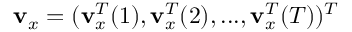
\mathbf v _ { x } = ( \mathbf v _ { x } ^ { T } ( 1 ) , \mathbf v _ { x } ^ { T } ( 2 ) , . . . , \mathbf v _ { x } ^ { T } ( T ) ) ^ { T }